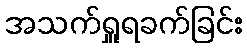
အသက်ရှူရခက်ခြင်း